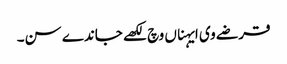
قرضے وی ایہناں وچ لکھے جاندے سن۔